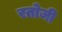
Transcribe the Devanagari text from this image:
रतोजी